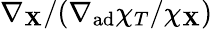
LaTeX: \nabla_{\mathbf{X}}/(\nabla_{\mathrm{{ad}}}\chi_{T}/\chi_{\mathbf{X}})